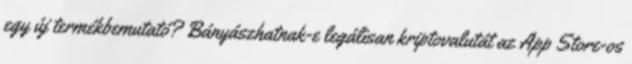
egy új termékbemutató? Bányászhatnak-e legálisan kriptovalutát az App Store-os